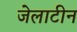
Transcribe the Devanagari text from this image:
जेलाटीन